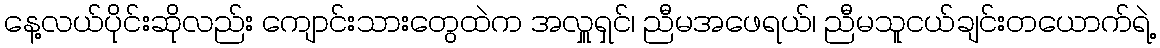
နေ့လယ်ပိုင်းဆိုလည်း ကျောင်းသားတွေထဲက အလှူရှင်၊ ညီမအဖေရယ်၊ ညီမသူငယ်ချင်းတယောက်ရဲ့